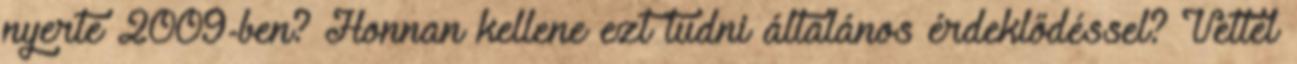
nyerte 2009-ben? Honnan kellene ezt tudni általános érdeklődéssel? Vettel